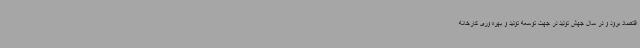
اقتصاد برود و در سال جهش تولید در جهت توسعه تولید و بهره وری کارخانه